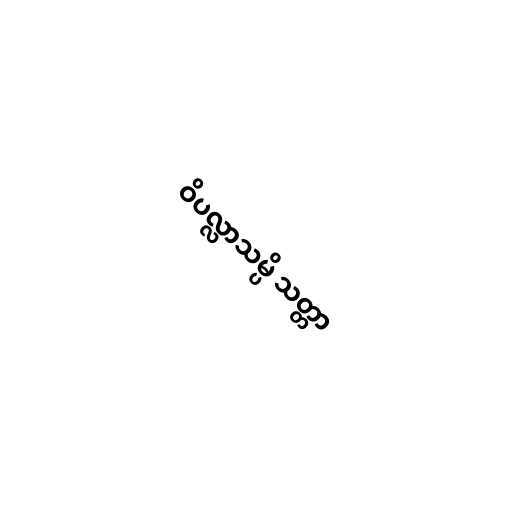
ဝိပလ္လာသမ္ပိ သတ္တာ